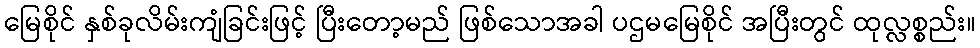
မြေစိုင် နှစ်ခုလိမ်းကျံခြင်းဖြင့် ပြီးတော့မည် ဖြစ်သောအခါ ပဌမမြေစိုင် အပြီးတွင် ထုလ္လစ္စည်း။